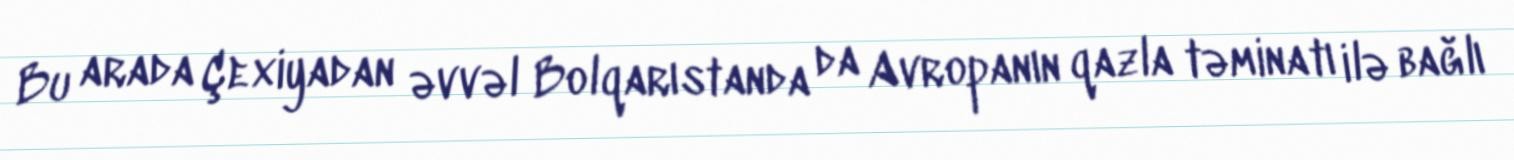
Bu arada Çexiyadan əvvəl Bolqarıstanda da Avropanın qazla təminatı ilə bağlı